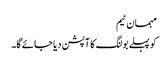
مہمان ٹیم
کو پہلے بولنگ کا آپشن دیا جائے گا۔